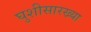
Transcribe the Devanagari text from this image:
घुशीसारख्या